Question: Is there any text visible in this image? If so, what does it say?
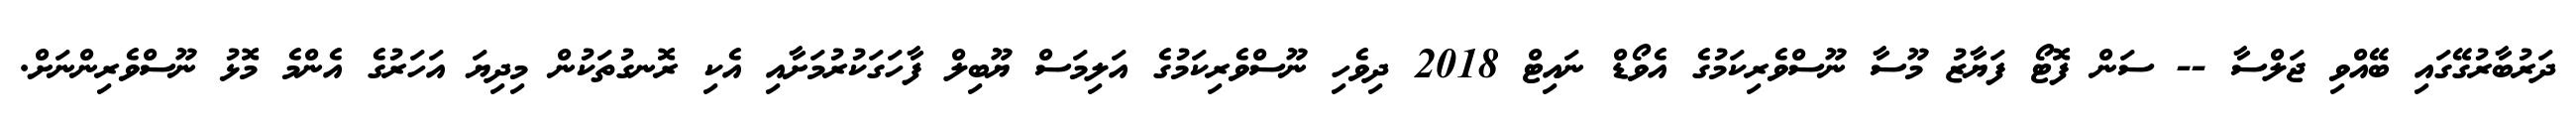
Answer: ދަރުބާރުގޭގައި ބޭއްވި ޖަލްސާ -- ސަން ފޮޓޯ ފަޔާޒު މޫސާ ނޫސްވެރިކަމުގެ އެވޯޑް ނައިޓް 2018 ދިވެހި ނޫސްވެރިކަމުގެ އަލިމަސް ޔޫބިލް ފާހަގަކުރުމަށާއި އެކި ރޮނގުތަކުން މިދިޔަ އަހަރުގެ އެންމެ މޮޅު ނޫސްވެރިންނަށް.